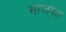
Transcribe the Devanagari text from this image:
भाजपत